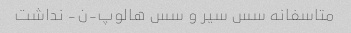
متاسفانه سس سیر و سس هالوپ-ن- نداشت